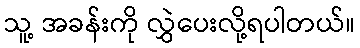
သူ့ အခန်းကို လွှဲပေးလို့ရပါတယ်။